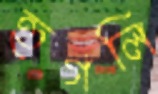
হুগলি